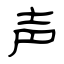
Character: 声